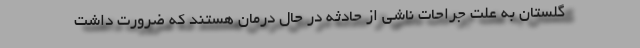
گلستان به علت جراحات ناشی از حادثه در حال درمان هستند که ضرورت داشت